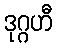
ဒုဂ္ဂဟီ